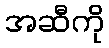
အဆီကို